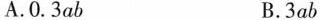
A.0.3ab B.3ab